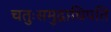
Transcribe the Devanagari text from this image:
चतुःसमुद्राधिपति